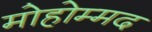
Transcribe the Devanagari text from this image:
मोहोम्मद